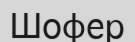
Шофер